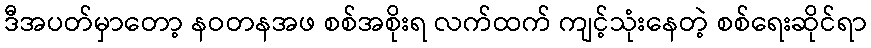
ဒီအပတ်မှာတော့ နဝတနအဖ စစ်အစိုးရ လက်ထက် ကျင့်သုံးနေတဲ့ စစ်ရေးဆိုင်ရာ